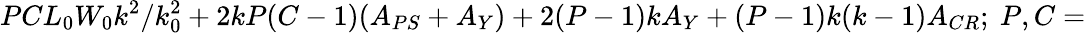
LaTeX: PCL_{0}W_{0}k^{2}/k_{0}^{2}+2kP(C-1)(A_{PS}+A_{Y})+2(P-1)kA_{Y}+(P-1)k(k-1)A_{CR};~P,C=